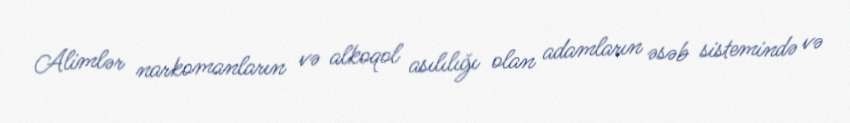
Alimlər narkomanların və alkoqol asılılığı olan adamların əsəb sistemində və